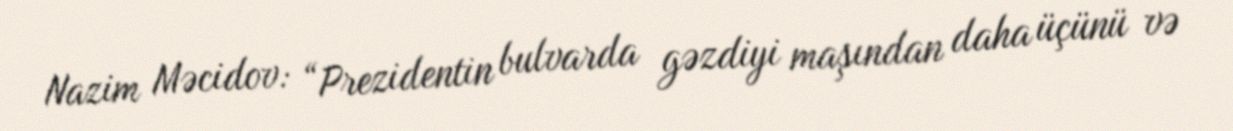
Nazim Məcidov: “Prezidentin bulvarda gəzdiyi maşından daha üçünü və